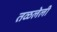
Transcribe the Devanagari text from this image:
तळलेली